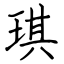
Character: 琪